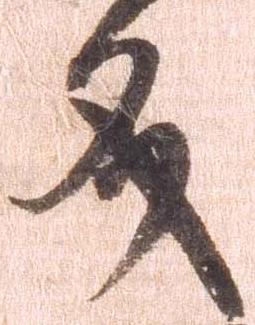
文